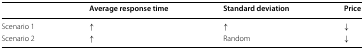
|  | Average response time | Standard deviation | Price |
 | --- | --- | --- | --- |
 | Scenario 1 | ↑ | ↑ | ↓ |
 | Scenario 2 | ↑ | Random | ↓ |